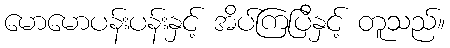
မောမောပန်းပန်းနှင့် အိပ်ကြပြီနှင့် တူသည်။